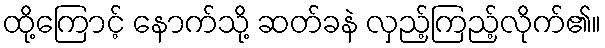
ထို့ကြောင့် နောက်သို့ ဆတ်ခနဲ လှည့်ကြည့်လိုက်၏။